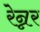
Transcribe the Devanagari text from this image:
रेन्नर